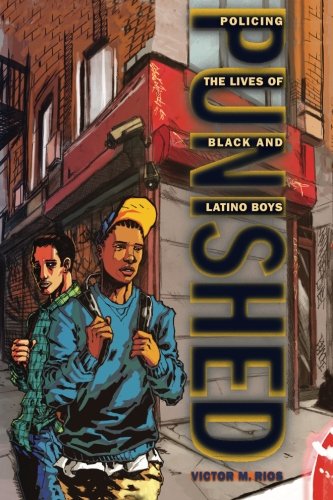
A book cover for Punished: Policing the Lives of Black and Latino Boys (New Perspectives in Crime, Deviance, and Law); Victor M. Rios; Politics & Social Sciences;